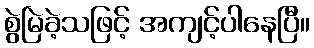
စွဲမြဲခဲ့သဖြင့် အကျင့်ပါနေပြီ။